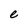
Character: e